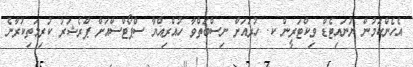
އެހެންކަމުން ޔުނައިޓެޑް ވިކްޓަރީން ކ. ހުރައަށް ނިސްބަތްވާ ހުއްރިއްޔާ ސްޕޯޓްސްއަށް ޕްރެޝަރު ކުރިމަތިކުރާނެ